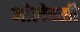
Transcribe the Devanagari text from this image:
ओलेक्सी